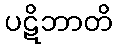
ပဋိဘာတိ